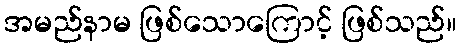
အမည်နာမ ဖြစ်သောကြောင့် ဖြစ်သည်။